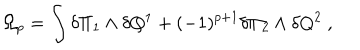
LaTeX: \Omega _ { p } = \int \delta \Pi _ { 1 } \wedge \delta Q ^ { 1 } + ( - 1 ) ^ { p + 1 } \delta \Pi _ { 2 } \wedge \delta Q ^ { 2 } \ ,